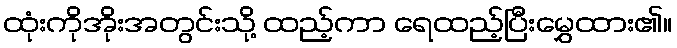
ထုံးကိုအိုးအတွင်းသို့ ထည့်ကာ ရေထည့်ပြီးမွှေထား၏။